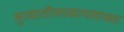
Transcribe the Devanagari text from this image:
सुरवातीलाकापसाच्या